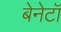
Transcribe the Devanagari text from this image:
बेनेटॉ